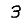
Digit: 3